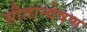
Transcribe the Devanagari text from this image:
सीतान्वेषण